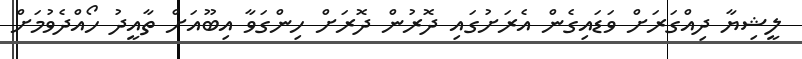
ލީޝިޔާ ދިއްގަރަށް ވަޑައިގެން އެރަށުގައި ދޮރުން ދޮރަށް ހިންގަވާ އިބޫއަށް ތާއީދު ހޯއްދެވުމަށް